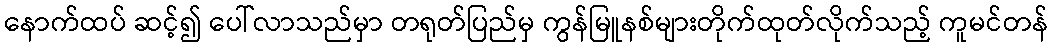
နောက်ထပ် ဆင့်၍ ပေါ်လာသည်မှာ တရုတ်ပြည်မှ ကွန်မြူနစ်များတိုက်ထုတ်လိုက်သည့် ကူမင်တန်